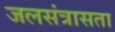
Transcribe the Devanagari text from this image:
जलसंत्रासता